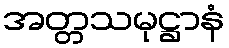
အတ္တသမုဋ္ဌာနံ